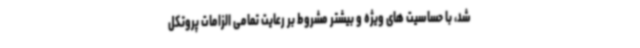
شد، با حساسیت های ویژه و بیشتر مشروط بر رعایت تمامی الزامات پروتکل